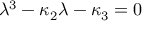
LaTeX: \lambda ^ { 3 } - \kappa _ { 2 } \lambda - \kappa _ { 3 } = 0